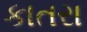
કાતરા